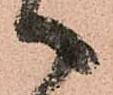
へ